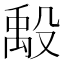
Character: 𬆪